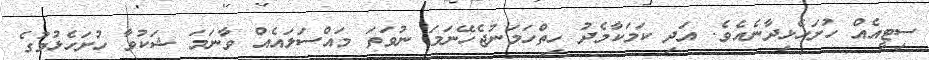
ސިޓީއެއް ހުށަހެޅިދާނެއެވެ. އަދި ކަމަކާމެދު ހިތްހަމަނުޖެހޭނަމަ ނުވަތަ މައްސަލައެއް ވާނަމަ ޝަކުވާ ހުށަހެޅުމުގެ